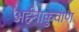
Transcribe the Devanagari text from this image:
अर्हनाकुवाण